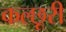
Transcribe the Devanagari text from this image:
कल्छूरी